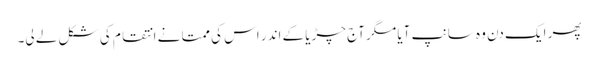
پھر ایک دن وہ سانپ آیا مگر آج چڑیا کے اندر اس کی ممتا نے انتقام کی شکل لے لی۔